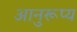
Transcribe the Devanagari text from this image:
आनुरूप्य